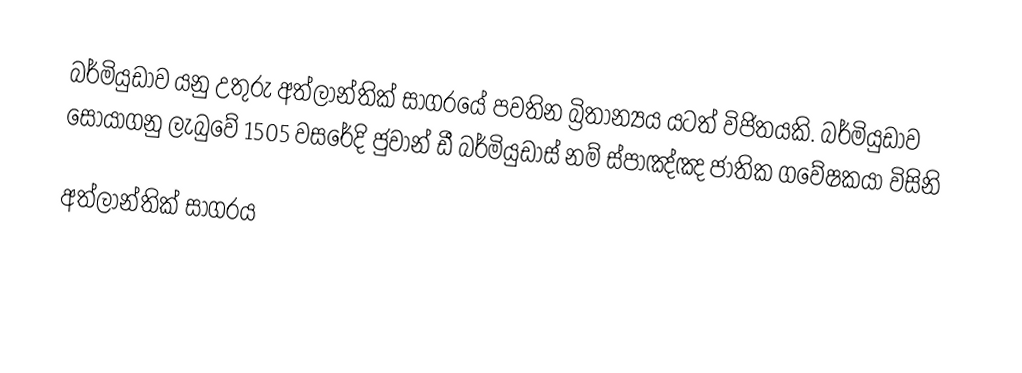
බර්මියුඩාව යනු උතුරු අත්ලාන්තික් සාගරයේ පවතින බ්‍රිතාන්‍යය යටත් විජිතයකි. බර්මියුඩාව සොයාගනු ලැබුවේ 1505 වසරේදි ජුවාන් ඩී බර්මියුඩාස් නම් ස්පාඤ්ඤ ජාතික ගවේෂකයා විසිනි

අත්ලාන්තික් සාගරය